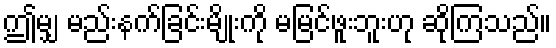
ဤမျှ မည်းနက်ခြင်းမျိုးကို မမြင်ဖူးဘူးဟု ဆိုကြသည်။